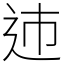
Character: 䢌